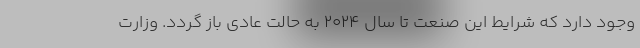
وجود دارد که شرایط این صنعت تا سال ۲۰۲۴ به حالت عادی باز گردد. وزارت